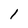
Character: l